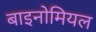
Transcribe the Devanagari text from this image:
बाइनोमियल